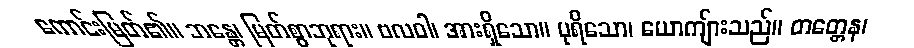
ကောင်းမြတ်၏။ ဘန္တေ၊ မြတ်စွာဘုရား။ ဗလဝါ၊ အားရှိသော။ ပုရိသော၊ ယောကျ်ားသည်။ တတ္တေန၊